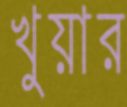
খুয়ার